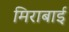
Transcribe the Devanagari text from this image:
मिराबाई